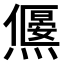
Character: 𤑅